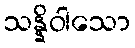
သန္နိဝါသော